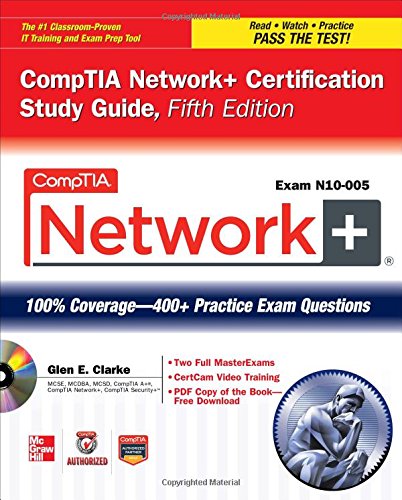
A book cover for CompTIA Network+ Certification Study Guide, 5th Edition (Exam N10-005) (CompTIA Authorized); Glen E. Clarke; Computers & Technology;